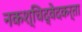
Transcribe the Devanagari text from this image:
नकश्चिद्वेदकर्ता